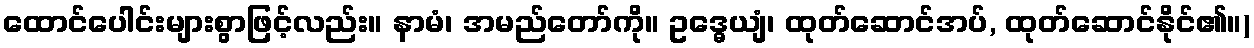
ထောင်ပေါင်းများစွာဖြင့်လည်း။ နာမံ၊ အမည်တော်ကို။ ဥဒ္ဓေယျံ၊ ထုတ်ဆောင်အပ်, ထုတ်ဆောင်နိုင်၏။)